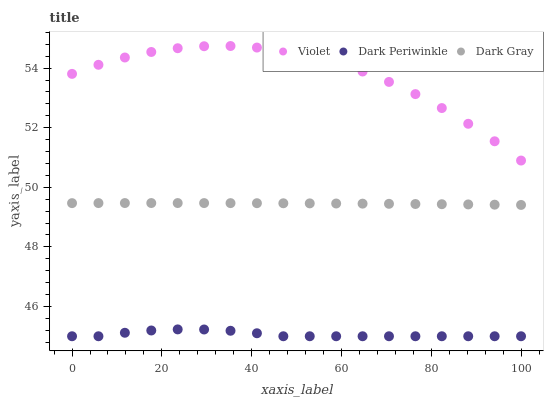
| xaxis_label | Violet | Dark Periwinkle | Dark Gray |
 | --- | --- | --- | --- |
 | 0 | 53.8 | 45 | 49.5 |
 | 5.88 | 54.1 | 45 | 49.5 |
 | 11.8 | 54.4 | 45.1 | 49.5 |
 | 17.6 | 54.5 | 45.2 | 49.5 |
 | 23.5 | 54.7 | 45.2 | 49.5 |
 | 29.4 | 54.7 | 45.2 | 49.5 |
 | 35.3 | 54.7 | 45.2 | 49.5 |
 | 41.2 | 54.7 | 45.1 | 49.5 |
 | 47.1 | 54.6 | 45 | 49.5 |
 | 52.9 | 54.4 | 45 | 49.5 |
 | 58.8 | 54.2 | 45 | 49.5 |
 | 64.7 | 53.9 | 45 | 49.5 |
 | 70.6 | 53.5 | 45 | 49.4 |
 | 76.5 | 53.1 | 45 | 49.4 |
 | 82.4 | 52.7 | 45 | 49.4 |
 | 88.2 | 52.1 | 45 | 49.4 |
 | 94.1 | 51.5 | 45 | 49.4 |
 | 100 | 50.9 | 45 | 49.4 |